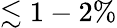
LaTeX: \lesssim 1-2\%